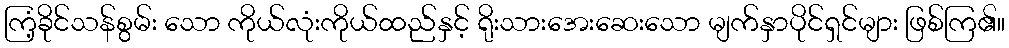
ကြံ့ခိုင်သန်စွမ်း သော ကိုယ်လုံးကိုယ်ထည်နှင့် ရိုးသားအေးဆေးသော မျက်နှာပိုင်ရှင်များ ဖြစ်ကြ၏။